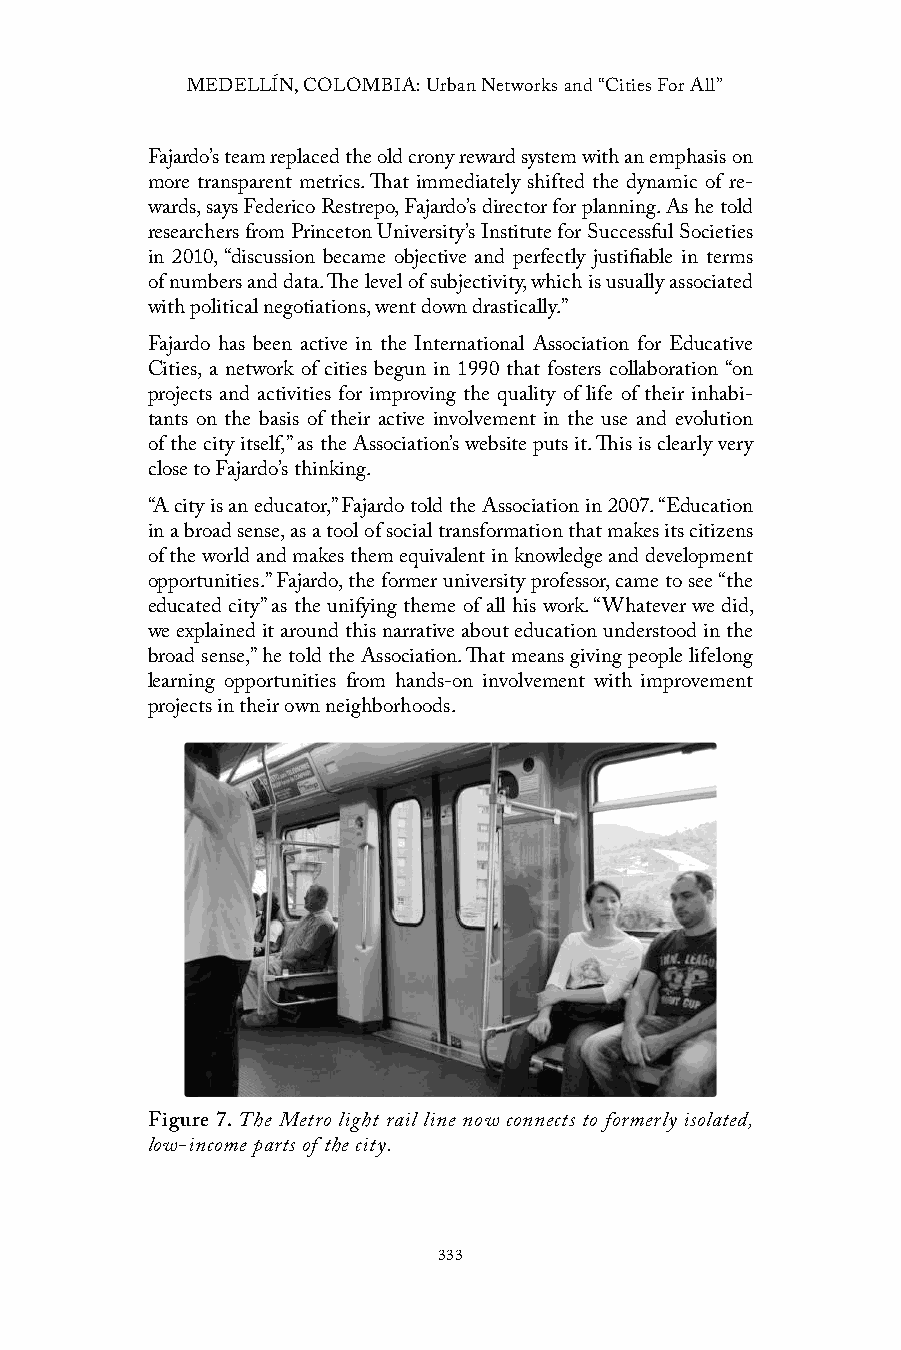
MEDELLÍN, COLOMBIA: Urban Networks and “Cities For All”
 Fajardo’s team replaced the old crony reward system with an emphasis on
 more transparent metrics. That immediately shifted the dynamic of re-
 wards, says Federico Restrepo, Fajardo’s director for planning. As he told
 researchers from Princeton University’s Institute for Successful Societies
 in 2010, “discussion became objective and perfectly justifiable in terms
 of numbers and data. The level of subjectivity, which is usually associated
 with political negotiations, went down drastically.”
 Fajardo has been active in the International Association for Educative
 Cities, a network of cities begun in 1990 that fosters collaboration “on
 projects and activities for improving the quality of life of their inhabi-
 tants on the basis of their active involvement in the use and evolution
 of the city itself,” as the Association’s website puts it. This is clearly very
 close to Fajardo’s thinking.
 “A city is an educator,” Fajardo told the Association in 2007. “Education
 in a broad sense, as a tool of social transformation that makes its citizens
 of the world and makes them equivalent in knowledge and development
 opportunities.” Fajardo, the former university professor, came to see “the
 educated city” as the unifying theme of all his work. “Whatever we did,
 we explained it around this narrative about education understood in the
 broad sense,” he told the Association. That means giving people lifelong
 learning opportunities from hands-on involvement with improvement
 projects in their own neighborhoods.
 Figure 7. The Metro light rail line now connects to formerly isolated,
 low-income parts of the city.
 333